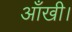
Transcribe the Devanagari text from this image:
आँखी।